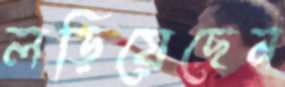
লড়িয়েছেন